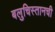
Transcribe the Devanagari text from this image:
बलुचिस्तानची